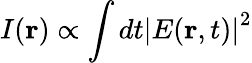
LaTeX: I({\mathbf{r}})\propto\int{dt}{{\lvert E({\mathbf{r}},t)\lvert}^{2}}